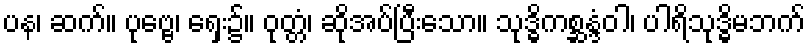
ပန၊ ဆက်။ ပုဗ္ဗေ၊ ရှေး၌။ ဝုတ္တံ၊ ဆိုအပ်ပြီးသော။ သုဒ္ဓိကစ္ဆန္ဒံဝါ၊ ပါရိသုဒ္ဓိမဘက်